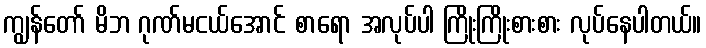
ကျွန်တော် မိဘ ဂုဏ်မငယ်အောင် စာရော အလုပ်ပါ ကြိုးကြိုးစားစား လုပ်နေပါတယ်။